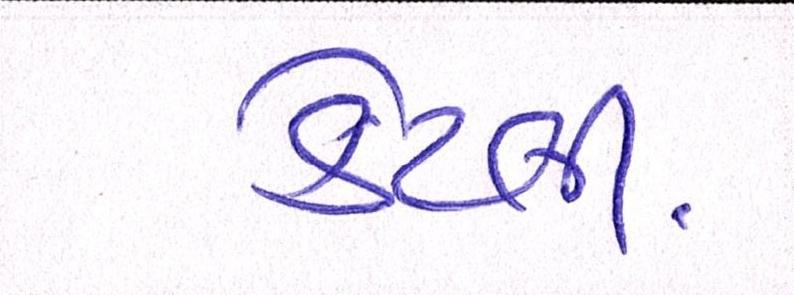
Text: કેટલી